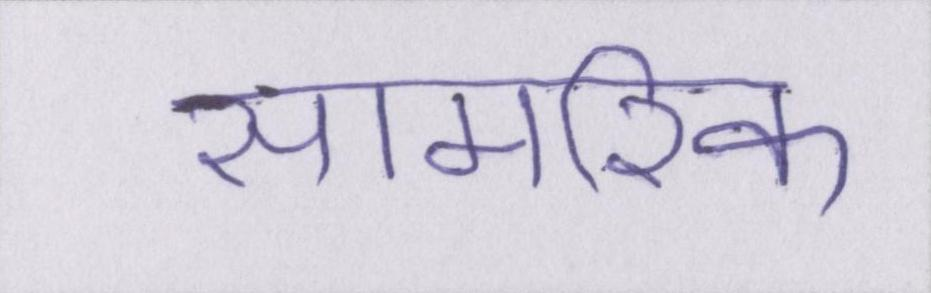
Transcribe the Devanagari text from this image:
सामरिक